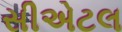
સીએટલ